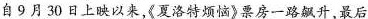
自9月30日上映以来，《夏洛特烦恼》票房一路飙升最后